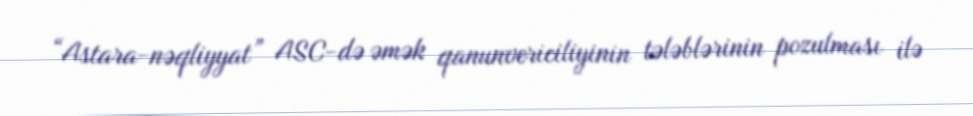
“Astara-nəqliyyat” ASC-də əmək qanunvericiliyinin tələblərinin pozulması ilə